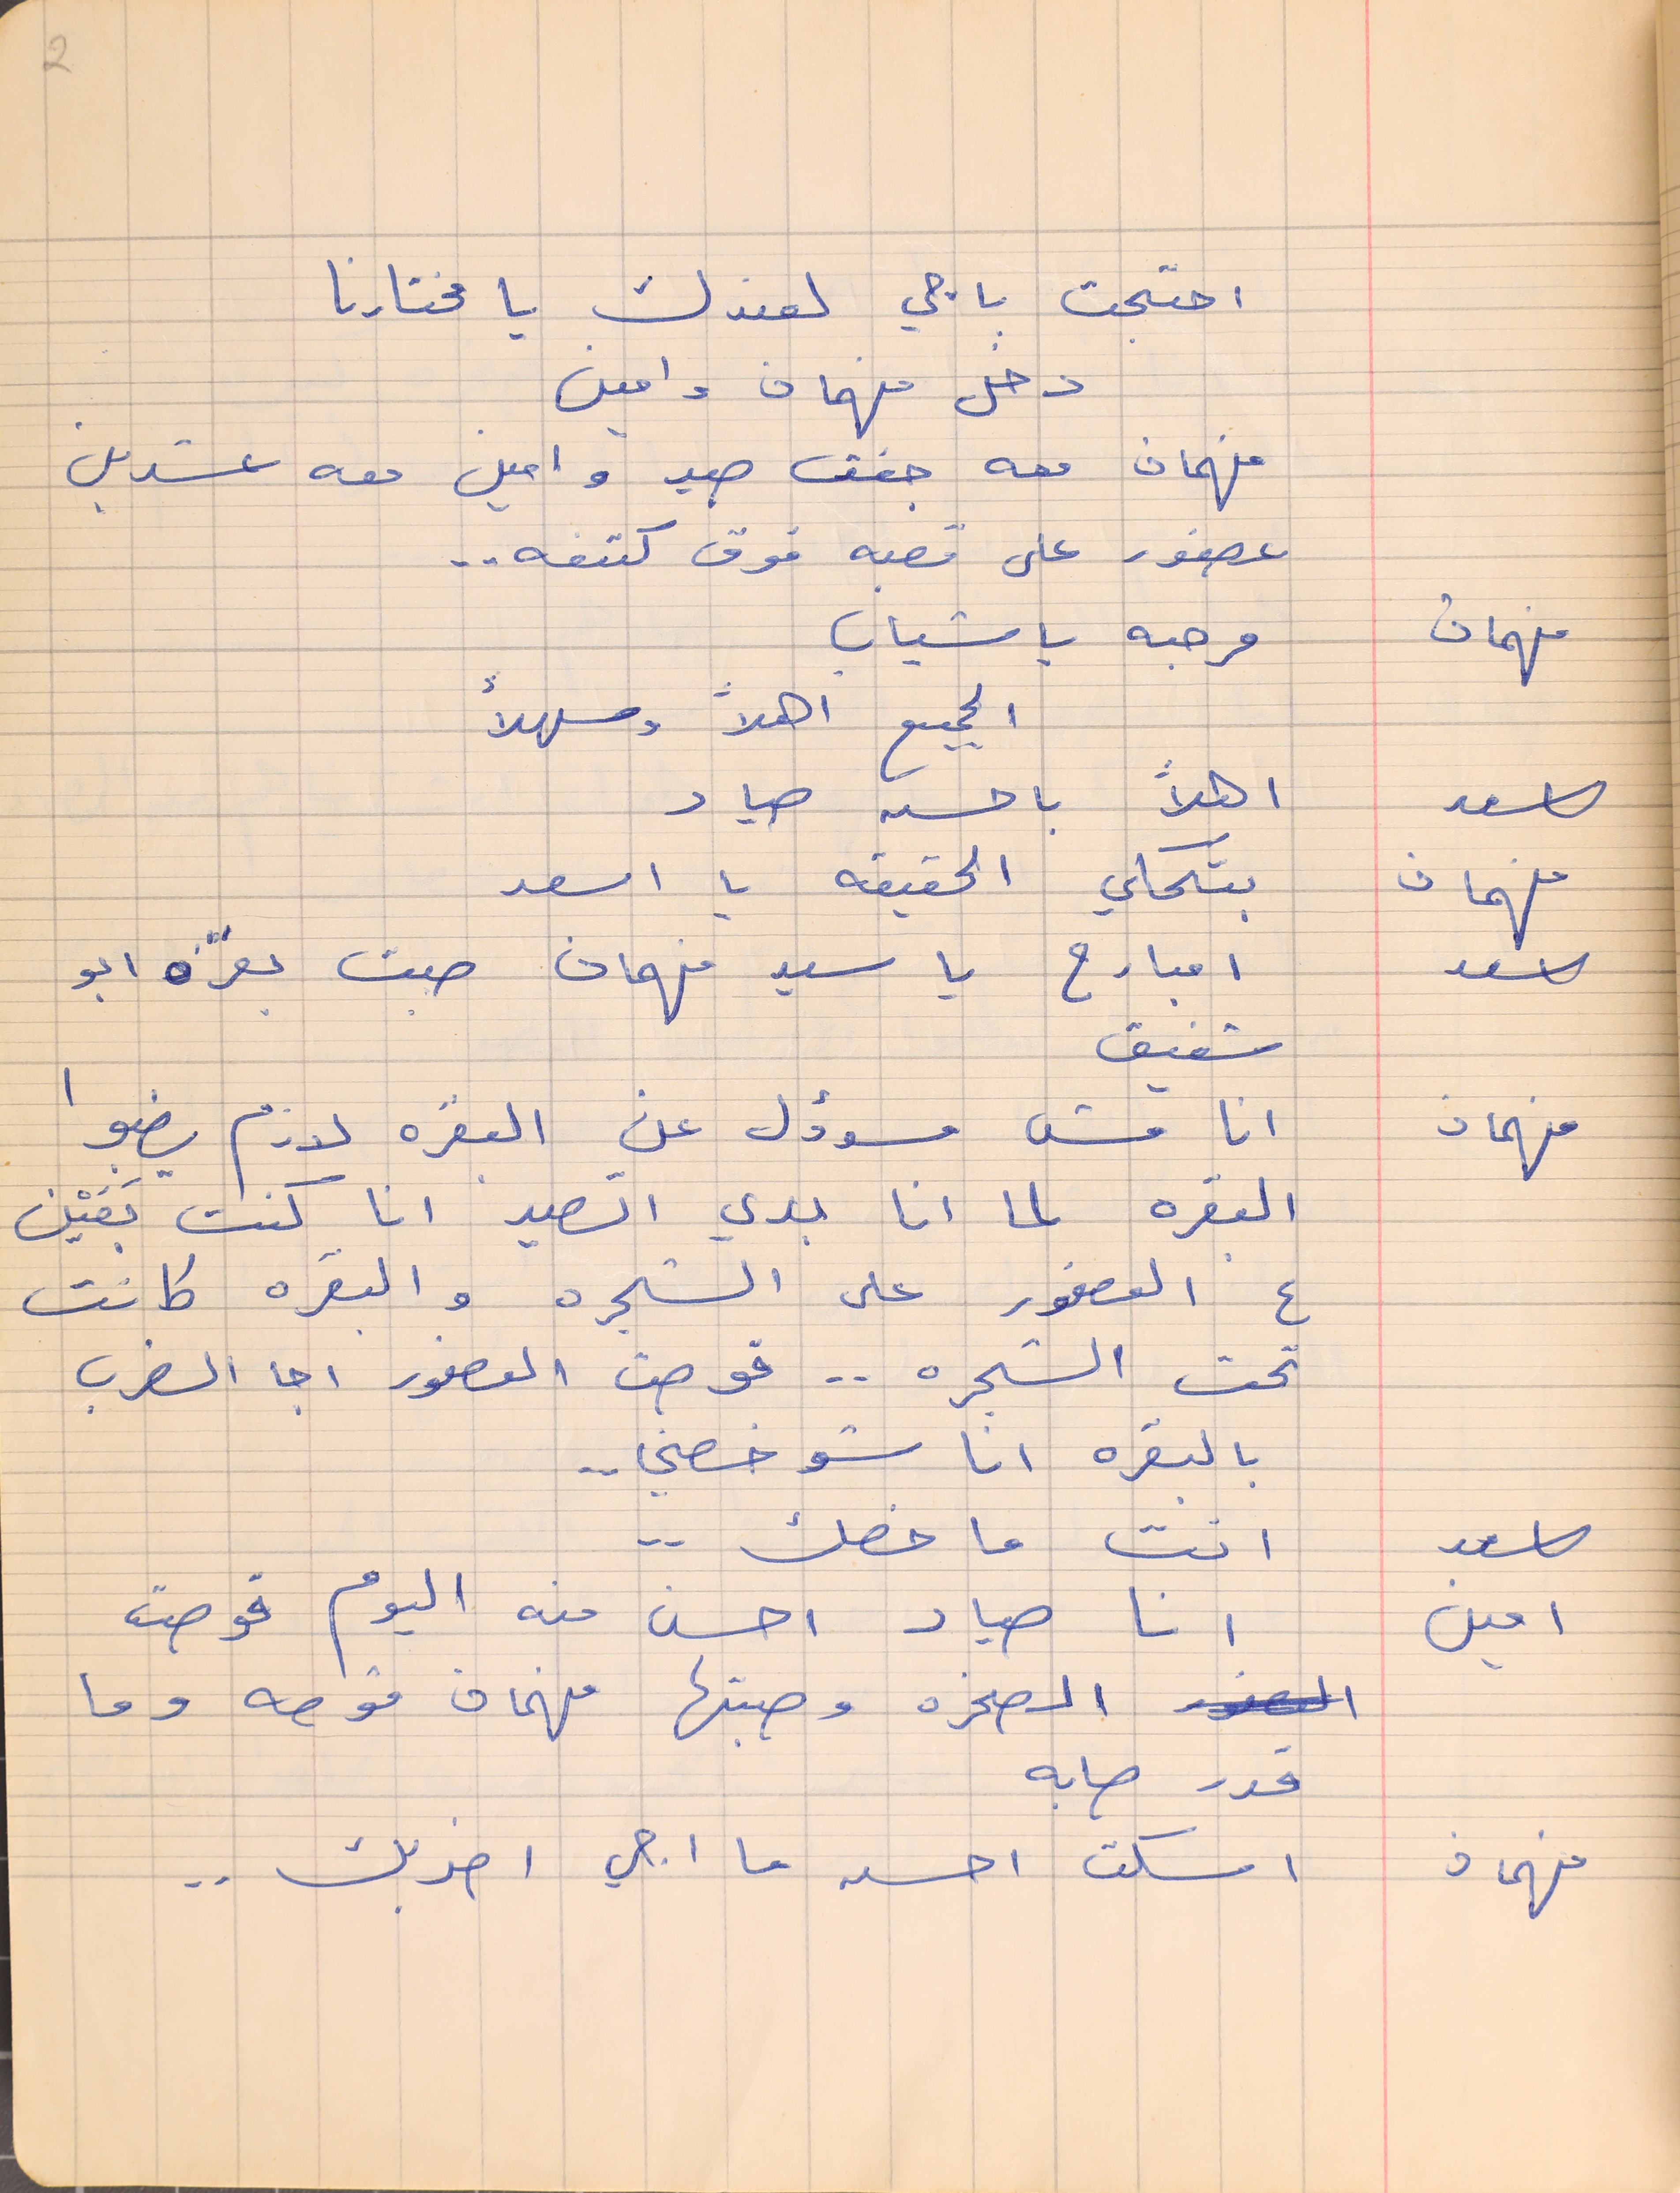
احتجت باجي لعندك يا مختارنا
فهمان معه جفت صيد وامين معه عشرين
عصفور على قصبه فوق كتفه . .
فهمان      مرحبه يا شباب
اسعد     اهلاً باحسن صياد
فهمان     بتحكي الحقيقه يا اسعد
اسعد       امبارح يا سيد فهمان صبت بقرة ابو
شفيق
فهمان       انا مش مسؤول عن البقرة لازم يضبوا
البقره لما انا بدي اتصيد انا كنت بَعَيْن
ع العصفور على الشجره والبقره كانت
تحت الشجره . . قوصت العصفور اجا الضرب
بالبقره انا شو خصني . . .
اسعد    انت ما خصك . .
امين    انا صياد احسن منه اليوم قوصت
 الصخره وصبتها فهمان قوصه وما
قدر صابه
فهمان          اسكت احسن ما اجي اضربك . .
2
دخل فهمان وامين
الجميع اهلاً وسهلاً